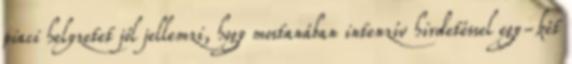
piaci helyzetet jól jellemzi, hogy mostanában intenzív hirdetéssel egy-két